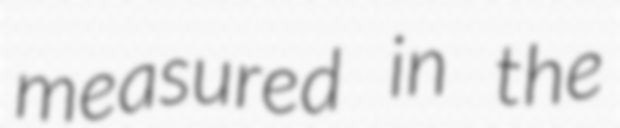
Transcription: measured in the